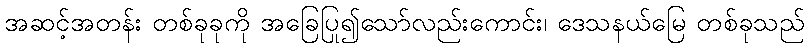
အဆင့်အတန်း တစ်ခုခုကို အခြေပြု၍သော်လည်းကောင်း၊ ဒေသနယ်မြေ တစ်ခုသည်